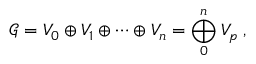
{ \mathcal G } = V _ { 0 } \oplus V _ { 1 } \oplus \cdots \oplus V _ { n } = \bigoplus _ { 0 } ^ { n } V _ { p } \; ,